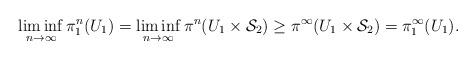
LaTeX: \begin{align*}\liminf_{n \rightarrow \infty}\pi^{n}_1(U_1) = \liminf_{n \rightarrow \infty}\pi^{n}(U_1 \times \mathcal{S}_2) \geq \pi^\infty(U_1 \times \mathcal{S}_2) = \pi^\infty_1(U_1).\end{align*}